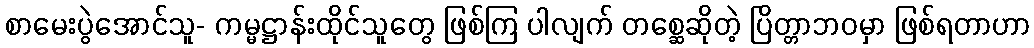
စာမေးပွဲအောင်သူ- ကမ္မဋ္ဌာန်းထိုင်သူတွေ ဖြစ်ကြ ပါလျက် တစ္ဆေဆိုတဲ့ ပြိတ္တာဘဝမှာ ဖြစ်ရတာဟာ